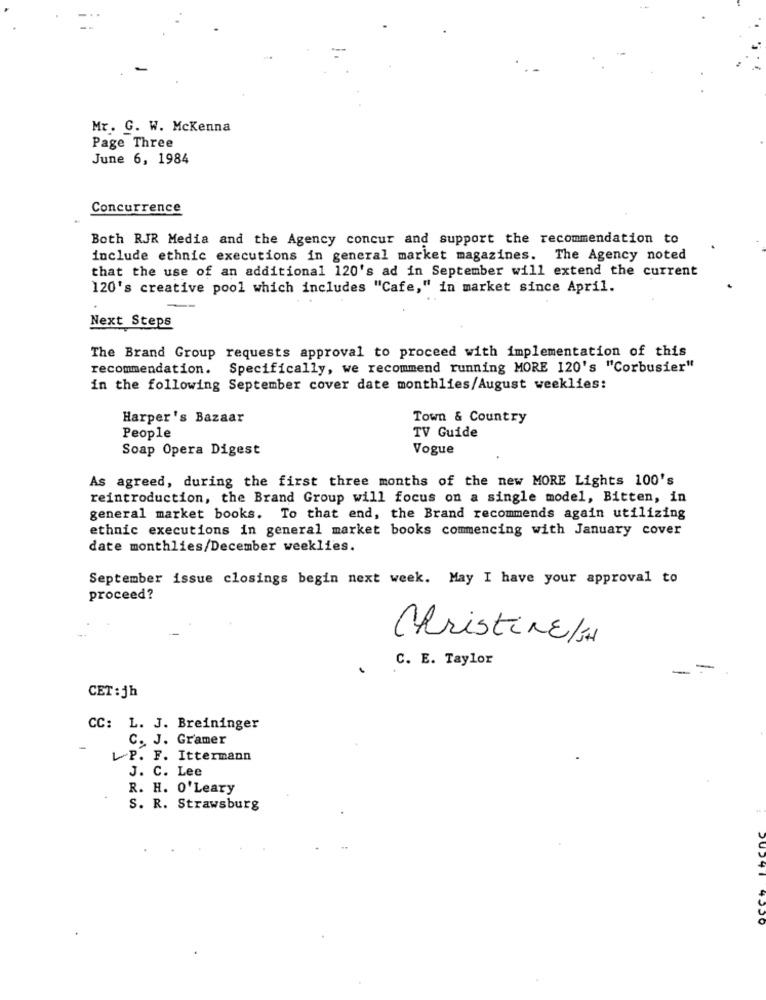
Mr. G. W. McKenna
Page Three
June 6, 1984
Concurrence
Both RJR Media and the Agency concur and support the recommendation to
include ethnic executions in general market magazines. The Agency noted
that the use of an additional 120's ad in September will extend the current
120's creative pool which includes "Cafe," in market since April.
Next Steps
The Brand Group requests approval to proceed with implementation of this
recommendation. Specifically, we recommend running MORE 120's "Corbusier"
in the following September cover date monthlies/August weeklies:
Harper's Bazaar
Town & Country
People
TV Guide
Soap Opera Digest
Vogue
As agreed, during the first three months of the new MORE Lights 100's
reintroduction, the Brand Group will focus on a single model, Bitten, in
general market books. To that end, the Brand recommends again utilizing
ethnic executions in general market books commencing with January cover
date monthlies/December weeklies.
September issue closings begin next week. May I have your approval to
proceed?
Christine/H
C. E. Taylor
-
CET :jh
CC: L. J. Breininger
C. J. Gramer
LP. F. Ittermann
J. C. Lee
R. H. O'Leary
S. R. Strawsburg
4 ...